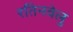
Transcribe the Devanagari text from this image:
रतिनवेलु